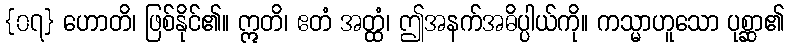
{၀၇} ဟောတိ၊ ဖြစ်နိုင်၏။ ဣတိ၊ ဧတံ အတ္ထံ၊ ဤအနက်အဓိပ္ပါယ်ကို။ ကသ္မာဟူသော ပုစ္ဆာ၏